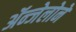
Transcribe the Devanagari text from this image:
ॲन्जेलोने